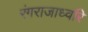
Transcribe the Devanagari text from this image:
रंगराजाध्वरि